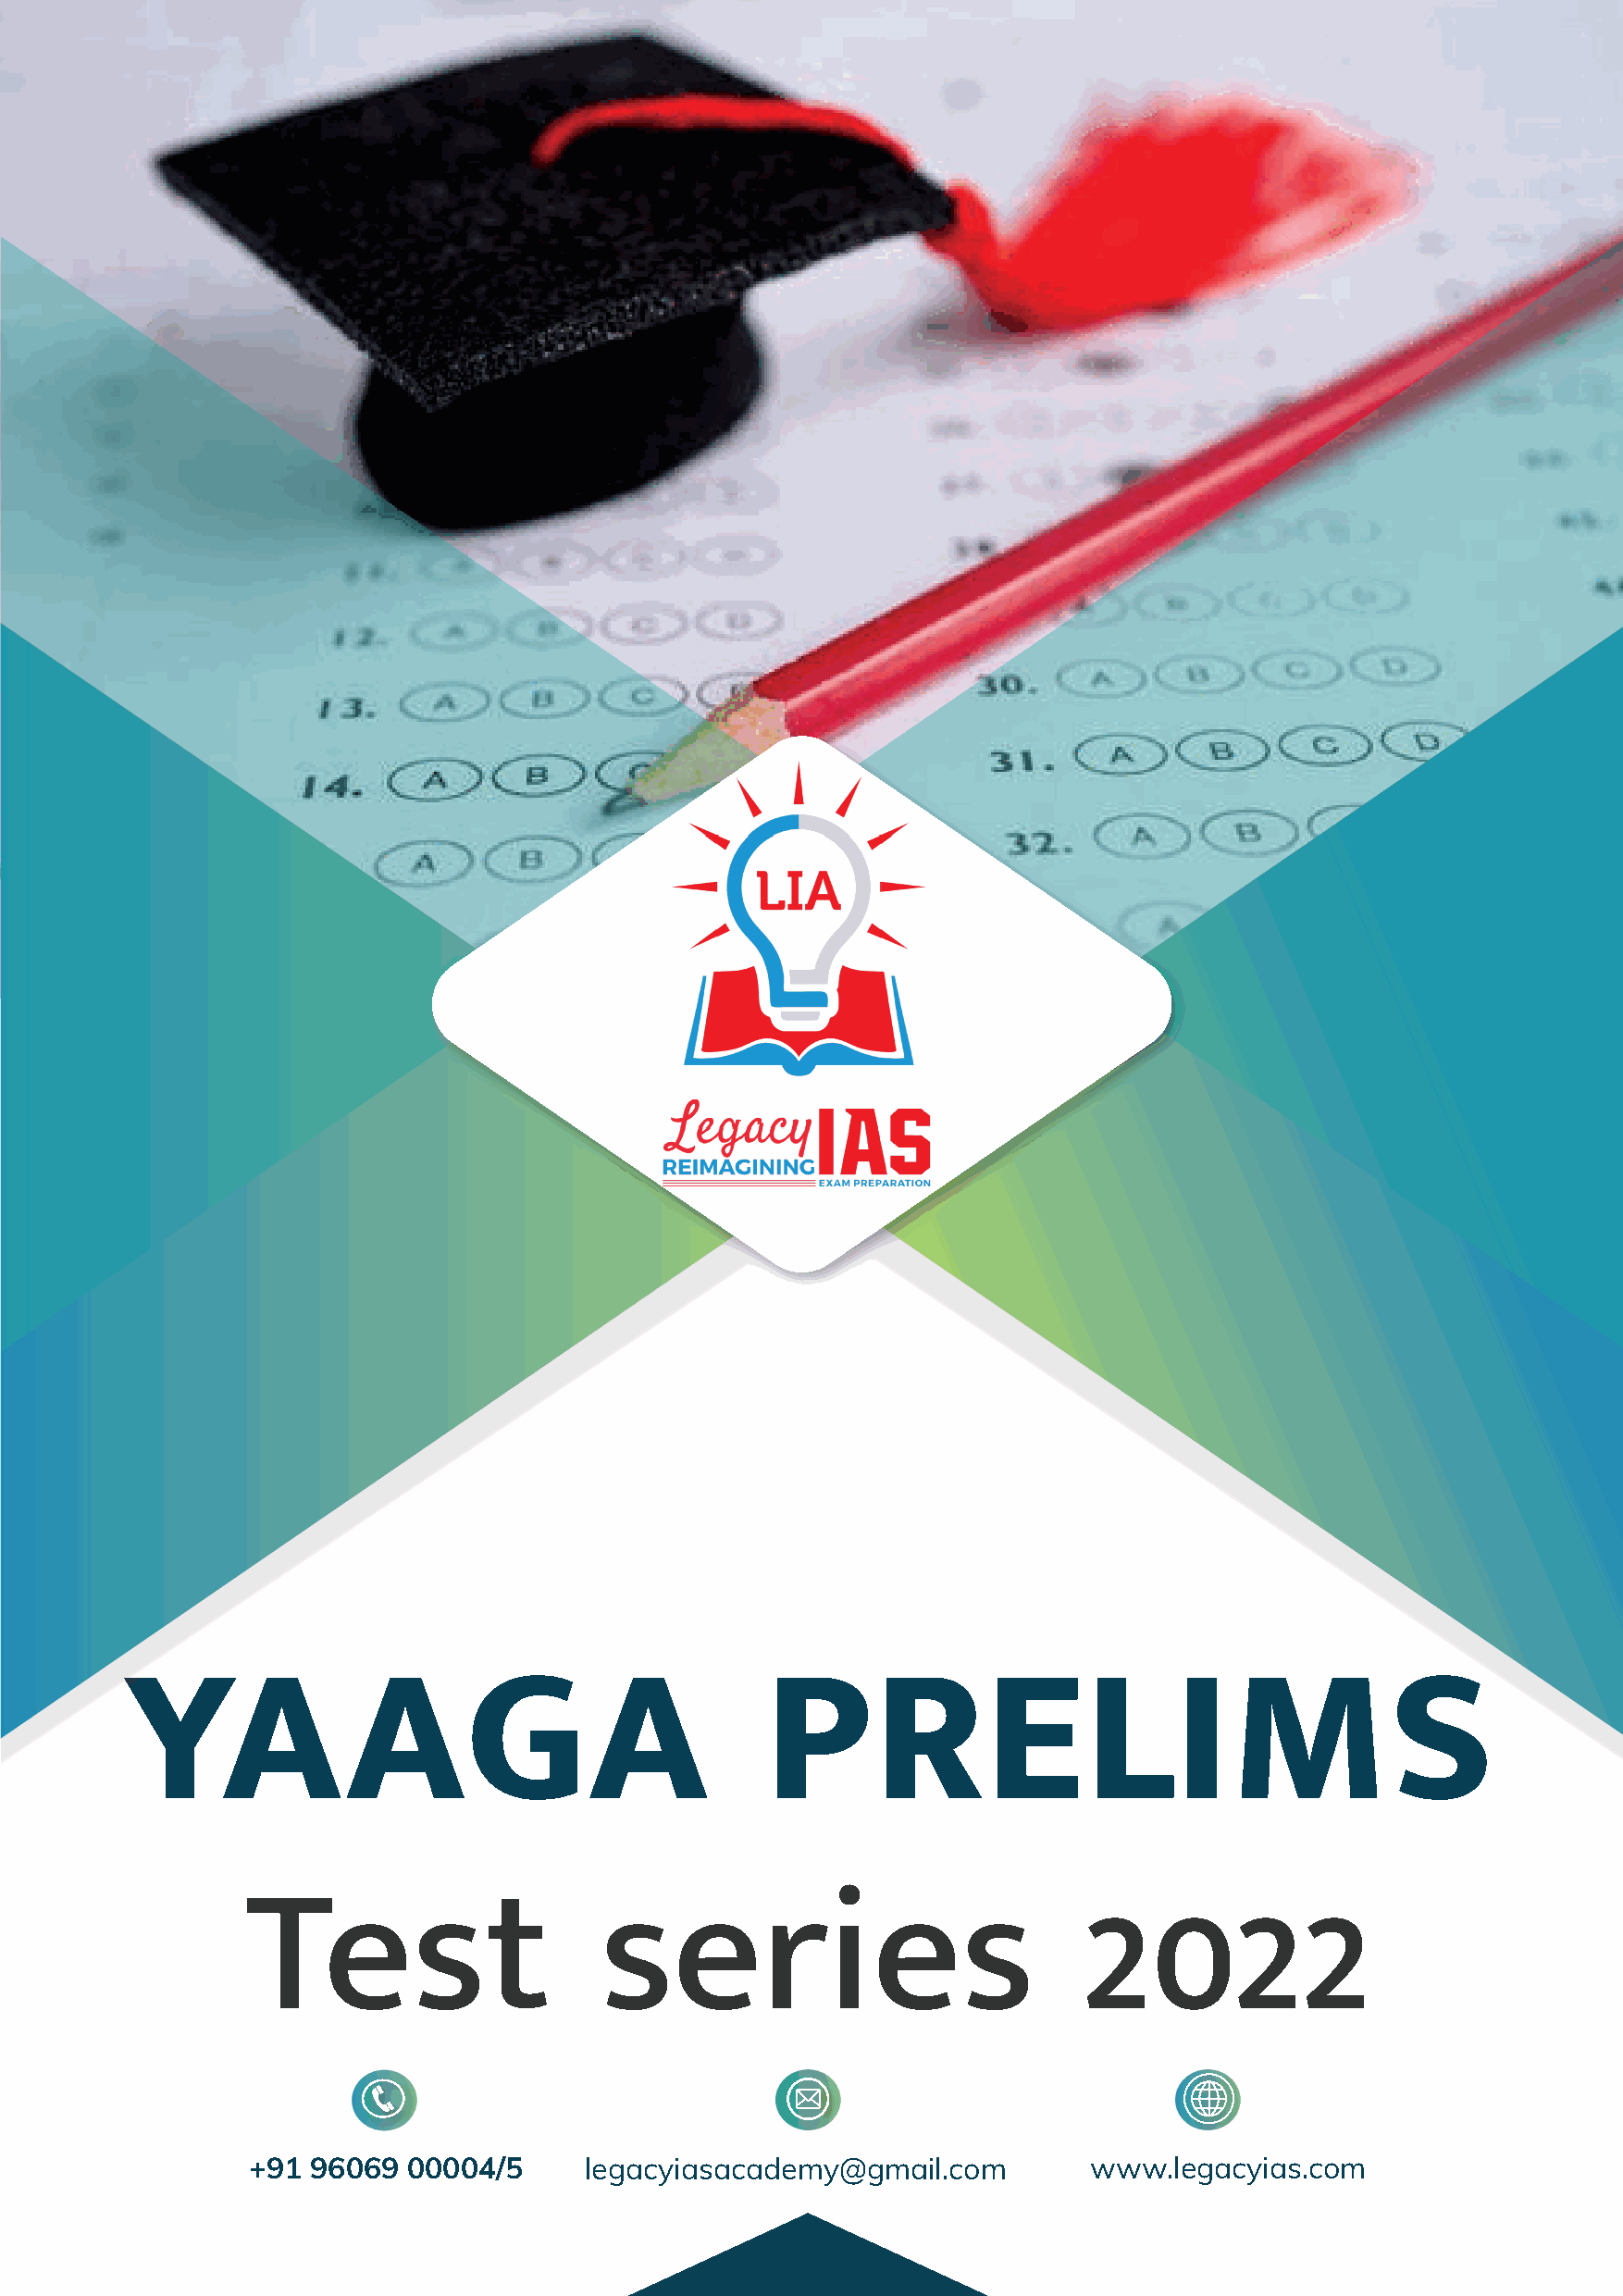
YAAGA                                         PRELIMS
 Test                     series                             2022
 +91 96069  00004/5      legacyiasacademy@gmail.com          www.legacyias.com